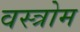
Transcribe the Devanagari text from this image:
वस्त्रोम